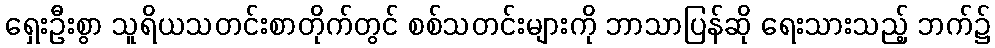
ရှေးဦးစွာ သူရိယသတင်းစာတိုက်တွင် စစ်သတင်းများကို ဘာသာပြန်ဆို ရေးသားသည့် ဘက်၌